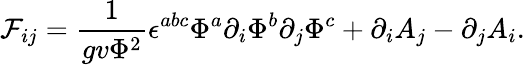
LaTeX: {\cal F}_{ij}={\frac{1}{gv\Phi^{2}}}\epsilon^{abc}\Phi^{a}\partial_{i}\Phi^{b}\partial_{j}\Phi^{c}+\partial_{i}A_{j}-\partial_{j}A_{i}.